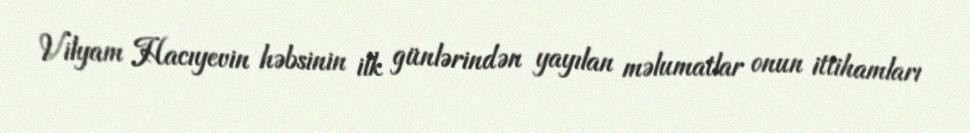
Vilyam Hacıyevin həbsinin ilk günlərindən yayılan məlumatlar onun ittihamları